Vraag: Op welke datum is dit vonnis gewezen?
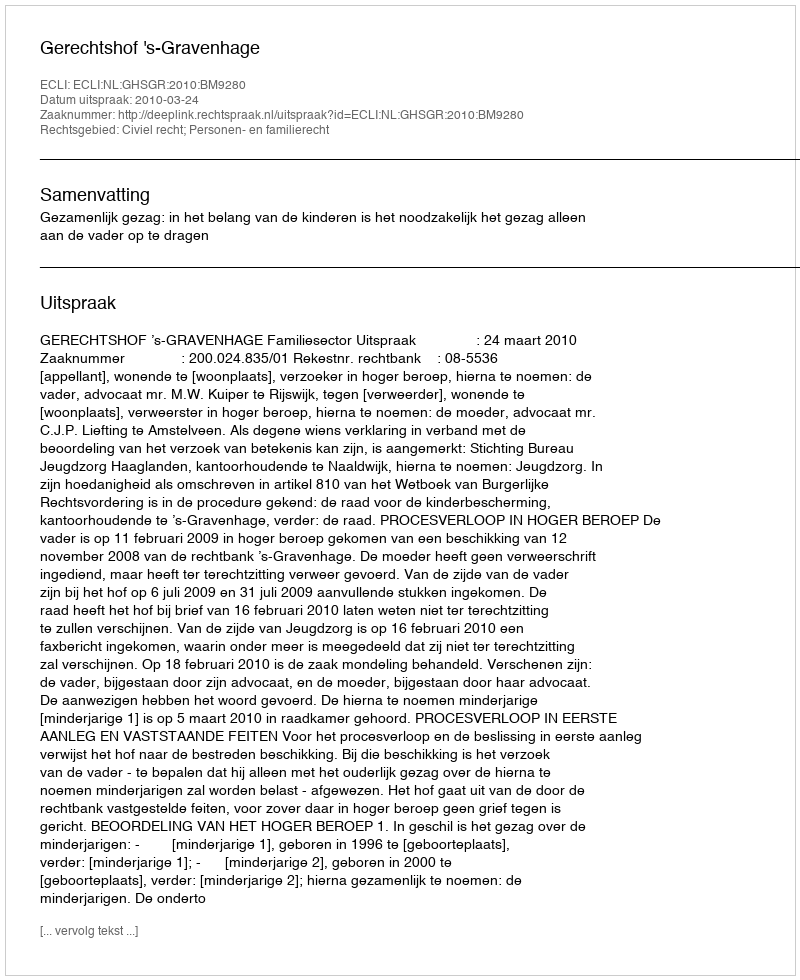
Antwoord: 2010-03-24